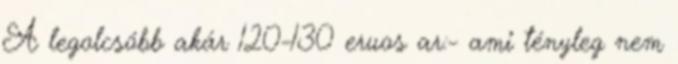
A legolcsóbb akár 120-130 eruos ar:- ami tényleg nem